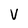
Character: V